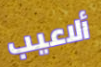
ألاعيب